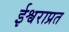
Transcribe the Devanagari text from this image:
ईश्वराप्रत